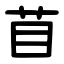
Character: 苜